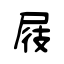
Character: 屐